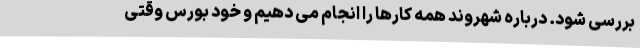
بررسی شود. درباره شهروند همه کارها را انجام می دهیم و خود بورس وقتی